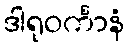
ဒါရုဝင်္ကာနံ